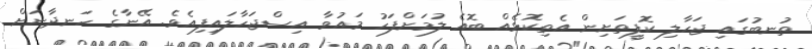
ތުނބުގައި ޖަހާލި ކޮފީތަށިން އެތިކޮޅެއް ބޮއެ ލުމަށްފަހު މައުވާ އިސްޖަހާލައިފިއެވެ. އޭނާގެ ހަނދާނަށް